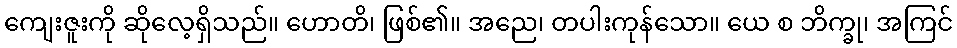
ကျေးဇူးကို ဆိုလေ့ရှိသည်။ ဟောတိ၊ ဖြစ်၏။ အညေ၊ တပါးကုန်သော။ ယေ စ ဘိက္ခု၊ အကြင်